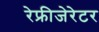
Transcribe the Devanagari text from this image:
रेफ्रीजेरेटर